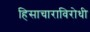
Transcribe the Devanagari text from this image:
हिसाचाराविरोधी